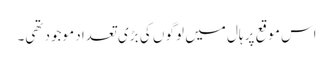
اس موقع پر ہال میں لوگو ں کی بڑی تعداد موجود تھی۔